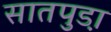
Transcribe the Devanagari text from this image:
सातपुडा़